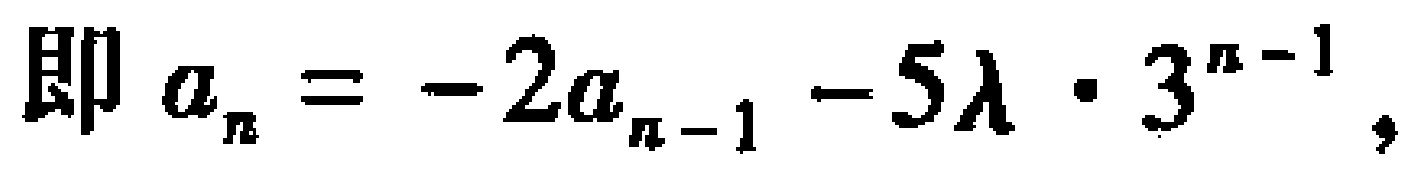
即 \(a_{n} = -2a_{n - 1} - 5\lambda\cdot3^{n - 1}\)，